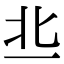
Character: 丠